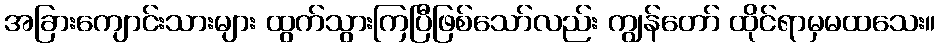
အခြားကျောင်းသားများ ထွက်သွားကြပြီဖြစ်သော်လည်း ကျွန်တော် ထိုင်ရာမှမထသေး။